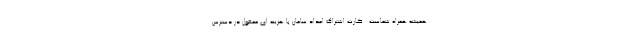
همیشه همراه شماست . کارت اشتراک امداد سامان با هزینه ای معقول در دسترس